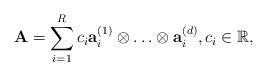
LaTeX: \begin{align*}{\bf A} = \sum\limits_{i =1}^{R} c_i {\bf a}_i^{(1)} \otimes \ldots \otimes {\bf a}_i^{(d)}, c_i \in \mathbb{R},\end{align*}